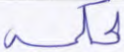
لحكمه